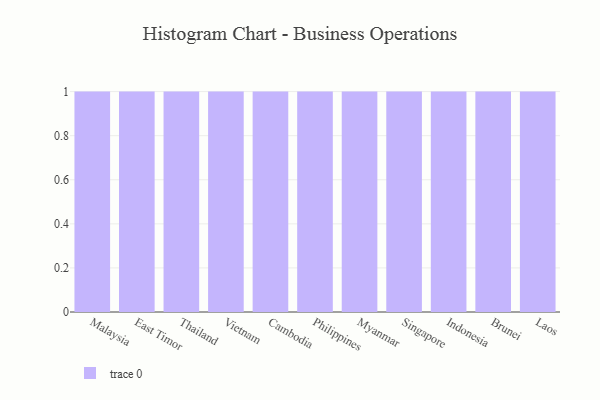
{"axis": {"x": "Country", "y": "Tickets Resolved"}, "legend": [""], "data": [{"x": "Malaysia", "y": 6, "type": ""}, {"x": "East Timor", "y": 10, "type": ""}, {"x": "Thailand", "y": 24, "type": ""}, {"x": "Vietnam", "y": 36, "type": ""}, {"x": "Cambodia", "y": 24, "type": ""}, {"x": "Philippines", "y": 78, "type": ""}, {"x": "Myanmar", "y": 5, "type": ""}, {"x": "Singapore", "y": 2, "type": ""}, {"x": "Indonesia", "y": 40, "type": ""}, {"x": "Brunei", "y": 57, "type": ""}, {"x": "Laos", "y": 72, "type": ""}]}